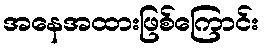
အနေအထားဖြစ်ကြောင်း